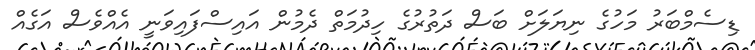
ޑިސެމްބަރު މަހުގެ ނިޔަލަށް ބަސް ދަތުރުގެ ހިދުމަތް ދެމުން އައިސްފައިވަނީ އެއްވެސް އަގެއް